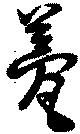
甍